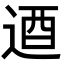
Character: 逎